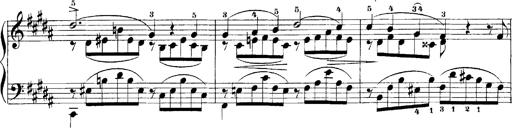
Title: LiebestrÃ¤ume
Composer: Franz Behr
Key: E-flat major